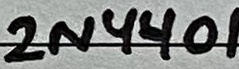
Text: 2N4401